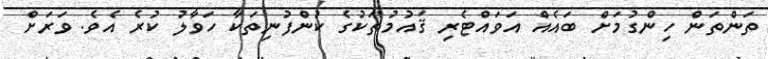
ތަންތަން ހިންގުމަށް ބައެއް އަވައްޓެރި ޤައުމުތަކުގެ ކުންފުނިތަކާ ހަވާލު ކުރެ އެވެ. ވަރަށް